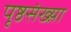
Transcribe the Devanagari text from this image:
पृष्ठसंख्य़ा